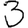
Digit: 3